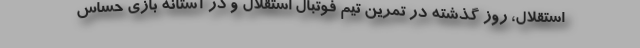
استقلال، روز گذشته در تمرین تیم فوتبال استقلال و در آستانه بازی حساس